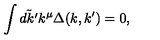
\int \tilde { d k ^ { \prime } } k ^ { \mu } \Delta ( k , k ^ { \prime } ) = 0 ,